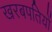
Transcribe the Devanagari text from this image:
खरबपतियों